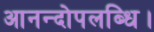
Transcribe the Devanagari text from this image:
आनन्दोपलब्धि।